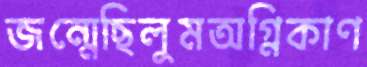
জন্মেছিলুমঅগ্নিকাণ